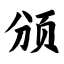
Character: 颁